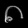
Digit: ၈